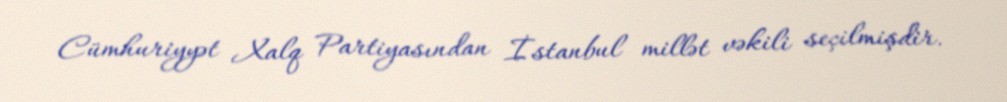
Cümhuriyyət Xalq Partiyasından İstanbul millət vəkili seçilmişdir.